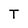
Character: T